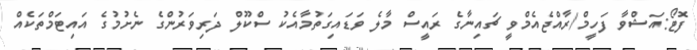
ފޮޓޯ:އަޝްވާ ފަހީމް/ރާއްޖެއެމްވީ ޗައިނާގެ ރައީސް މާލެ ވަޑައިގަތުމާއެކު ސްކޫލް ދަރިވަރުންގެ ނެށުމުގެ އައިޓަމްތަކެއް